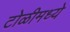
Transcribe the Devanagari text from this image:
टोळीमध्ये